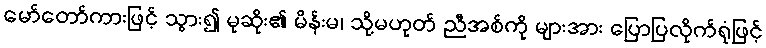
မော်တော်ကားဖြင့် သွား၍ မုဆိုး၏ မိန်းမ၊ သို့မဟုတ် ညီအစ်ကို များအား ပြောပြလိုက်ရုံဖြင့်